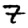
Digit: 7